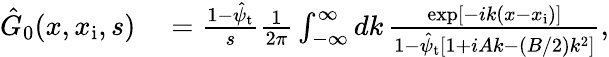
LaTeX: \begin{array}{rl}{\hat{G}_{0}(x,x_{\mathrm{i}},s)}&{{}=\frac{1-\hat{\psi}_{\mathrm{t}}}{s}\frac{1}{2\pi}\int_{-\infty}^{\infty}dk\, \frac{\exp[-ik(x-x_{\mathrm{i}})]}{1-\hat{\psi}_{\mathrm{t}}\left[1+iAk-(B/2)k^{2}\right]},}\end{array}